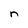
Character: n